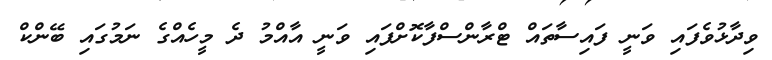
ވިދާޅުވެފައި ވަނީ ފައިސާތައް ޓްރާންސްފާކޮށްފައި ވަނީ އާއްމު ދެ މީހެއްގެ ނަމުގައި ބޭންކް